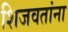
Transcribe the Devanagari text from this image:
शिजवतांना